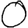
Digit: 0